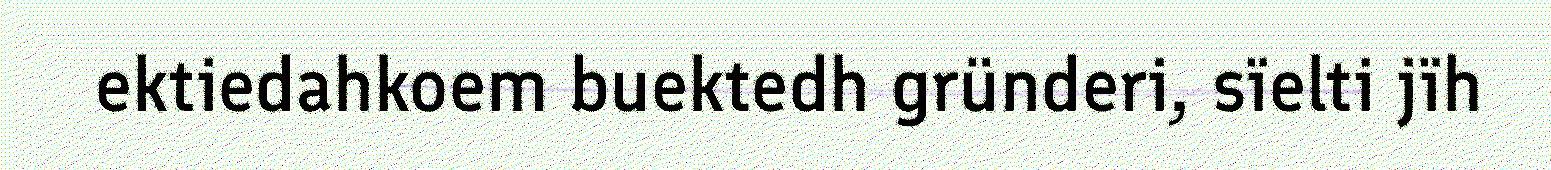
ektiedahkoem buektedh gründeri, sïelti jïh